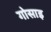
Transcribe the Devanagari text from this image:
गोसाइ